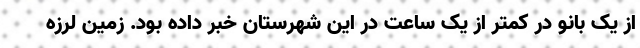
از یک بانو در کمتر از یک ساعت در این شهرستان خبر داده بود. زمین لرزه